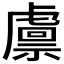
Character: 𧇴